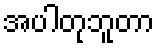
အပါတုဘူတာ